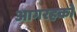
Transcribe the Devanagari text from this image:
आगरहको